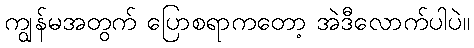
ကျွန်မအတွက် ပြောစရာကတော့ အဲဒီလောက်ပါပဲ။